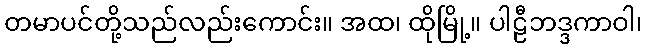
တမာပင်တို့သည်လည်းကောင်း။ အထ၊ ထိုမြို့။ ပါဠီဘဒ္ဒကာဝါ၊